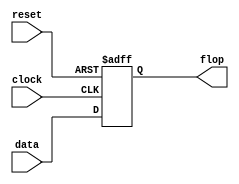
module FF(clock, reset, data, flop);
  
input clock;
  
input reset;
  
input data;
 
 output reg flop;
  
always@(posedge reset or posedge clock) begin
    
if(reset)begin
      flop<=0;
    end
    
else begin
      flop<=data;
    end 
  end
endmodule